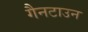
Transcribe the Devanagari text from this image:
गैनटाउन